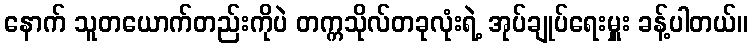
နောက် သူတယောက်တည်းကိုပဲ တက္ကသိုလ်တခုလုံးရဲ့ အုပ်ချုပ်ရေးမှူး ခန့်ပါတယ်။